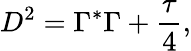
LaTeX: D^{2}=\Gamma^{*}\Gamma+{\frac{\tau}{4}},